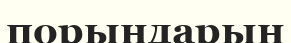
порындарын